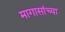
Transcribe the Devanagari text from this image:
मागासांच्या